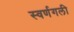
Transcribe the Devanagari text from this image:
स्वर्णगली